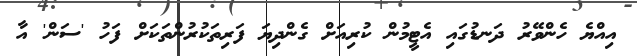
އިއްޔެ ހެންވޭރު ދަނޑުގައި އެޓީމުން ކުރިއަށް ގެންދިޔަ ފަރިތަކުރުންތަކަށް ފަހު 'ސަން' އާ